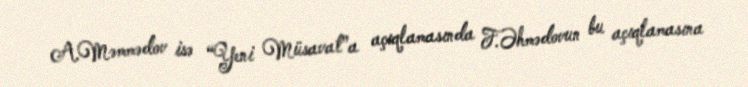
A.Məmmədov isə “Yeni Müsavat”a açıqlamasında F.Əhmədovun bu açıqlamasına